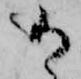
け